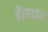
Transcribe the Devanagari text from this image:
हैं।साइन